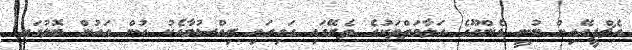
އެޗްޕީއޭއިން ބުނީ ޑެންގޫގެ އަލާމަތްތަކުގެ ތެރޭގައި ގައިގައި ރިއްސުމާއެކު ހުން އައުން ބޮލުގައި